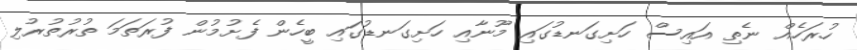
ހުރަހެއް ނެތި އައިސް ހަށިގަނޑުގައި މޫނާއި ހަށިގަނޑުގައި ބީހެން ފެށުމުން ފުރަތަމަ ތުރުތުރުލި